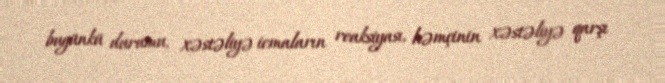
bugünkü durumu, xəstəliyə icmaların reaksiyası, həmçinin xəstəliyə qarşı